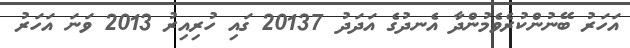
އަހަރު ބޭނުންކުރެވެމުންދާ އެނދުގެ އަދަދު 20137 ގައި ހުރިއިރު 2013 ވަނަ އަހަރު